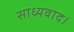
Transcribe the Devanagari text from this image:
साध्यवाद।